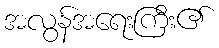
အလွန်အရေးကြီး၏